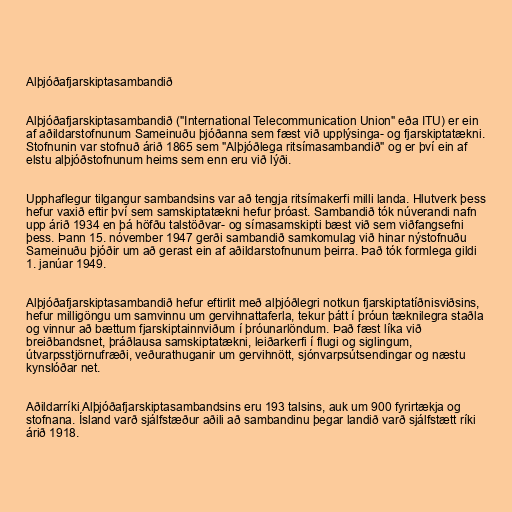
Alþjóðafjarskiptasambandið

Alþjóðafjarskiptasambandið ("International Telecommunication Union" eða ITU) er ein
af aðildarstofnunum Sameinuðu þjóðanna sem fæst við upplýsinga- og fjarskiptatækni.
Stofnunin var stofnuð árið 1865 sem "Alþjóðlega ritsímasambandið" og er því ein af
elstu alþjóðstofnunum heims sem enn eru við lýði.

Upphaflegur tilgangur sambandsins var að tengja ritsímakerfi milli landa. Hlutverk þess
hefur vaxið eftir því sem samskiptatækni hefur þróast. Sambandið tók núverandi nafn
upp árið 1934 en þá höfðu talstöðvar- og símasamskipti bæst við sem viðfangsefni
þess. Þann 15. nóvember 1947 gerði sambandið samkomulag við hinar nýstofnuðu
Sameinuðu þjóðir um að gerast ein af aðildarstofnunum þeirra. Það tók formlega gildi
1. janúar 1949.

Alþjóðafjarskiptasambandið hefur eftirlit með alþjóðlegri notkun fjarskiptatíðnisviðsins,
hefur milligöngu um samvinnu um gervihnattaferla, tekur þátt í þróun tæknilegra staðla
og vinnur að bættum fjarskiptainnviðum í þróunarlöndum. Það fæst líka við
breiðbandsnet, þráðlausa samskiptatækni, leiðarkerfi í flugi og siglingum,
útvarpsstjörnufræði, veðurathuganir um gervihnött, sjónvarpsútsendingar og næstu
kynslóðar net.

Aðildarríki Alþjóðafjarskiptasambandsins eru 193 talsins, auk um 900 fyrirtækja og
stofnana. Ísland varð sjálfstæður aðili að sambandinu þegar landið varð sjálfstætt ríki
árið 1918.